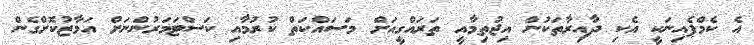
އެ ކެމްޕެއިނަކީ އެކި ދާއިރާތަކުން އިޖުތިމާއީ ތަރައްގީއަށް މަސައްކަތް ކުރުމާއި ކަސްޓަމަރުންނަށް އަމާޒުކޮށްގެން